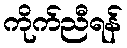
ကိုက်ညီရန်